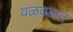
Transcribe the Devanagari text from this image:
वळवळत